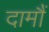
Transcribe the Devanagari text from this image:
दामौं